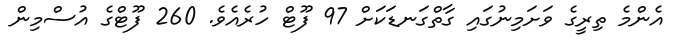
އެންމެ ތިރީގެ ވަށަމިނުގައި ގާތްގަނޑަކަށް 97 ފޫޓް ހުރެއެވެ. 260 ފޫޓްގެ އުސްމިން